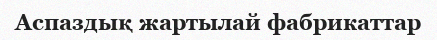
Аспаздық жартылай фабрикаттар